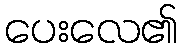
ပေးလေ၏